Burma Government Medical School reports 1907-22
Year: 1907
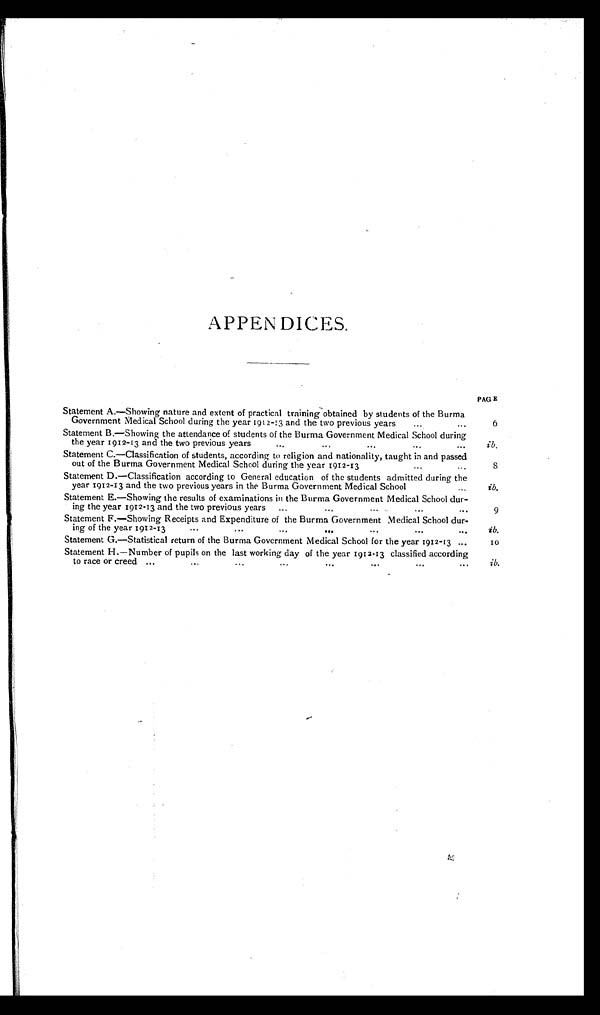
APPENDICES .
PAGE
Statement A.—Showing nature and extent of practical training obtained by students of the Burma
Government Medical School during the year 1912-13 and the two previous years... ...
6
Statement B.—Showing the attendance of students of the Burma Government Medical School during
the year 1912-13 and the two previous years... ... ... ... ...
i b .
Statement C.—Classification of students, according to religion and nationality, taught in and passed
out of the Burma Government Medical School during the year 1912-13
. . . . . .
8
Statement D.—Classification according to General education of the students admitted during the
year 1912-13 and the two previous years in the Burma Government Medical School ...
ib.
Statement E.—Showing the results of examinations in the Burma Government Medical School dur-
ing the year 1912-13 and the two previous years ...
...
... ... ...
9
Statement F.—Showing Receipts and Expenditure of the Burma Government Medical School dur-
ing of the year 1912-13
...
... ... ... ... ...
...
ib.
Statement G.—Statistical return of the Burma Government Medical School for the year 1912-13 ...
10
Statement H.—Number of pupils on the last working day of the year 1912-13 classified according
to race or creed ...
...
...
...
...
. . . . . . . . .
ib.